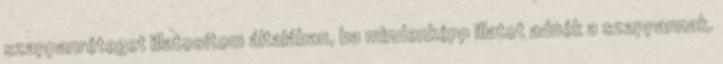
szappanréteget illatosítom általában, ha mindenképp illatot adnék a szappannak.